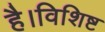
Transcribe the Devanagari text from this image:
है।विशिष्ट